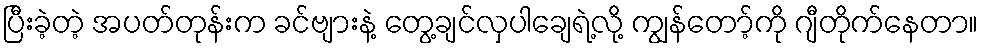
ပြီးခဲ့တဲ့ အပတ်တုန်းက ခင်ဗျားနဲ့ တွေ့ချင်လှပါချေရဲ့လို့ ကျွန်တော့်ကို ဂျီတိုက်နေတာ။